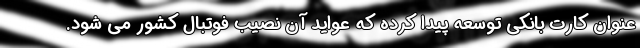
عنوان کارت بانکی توسعه پیدا کرده که عواید آن نصیب فوتبال کشور می شود.